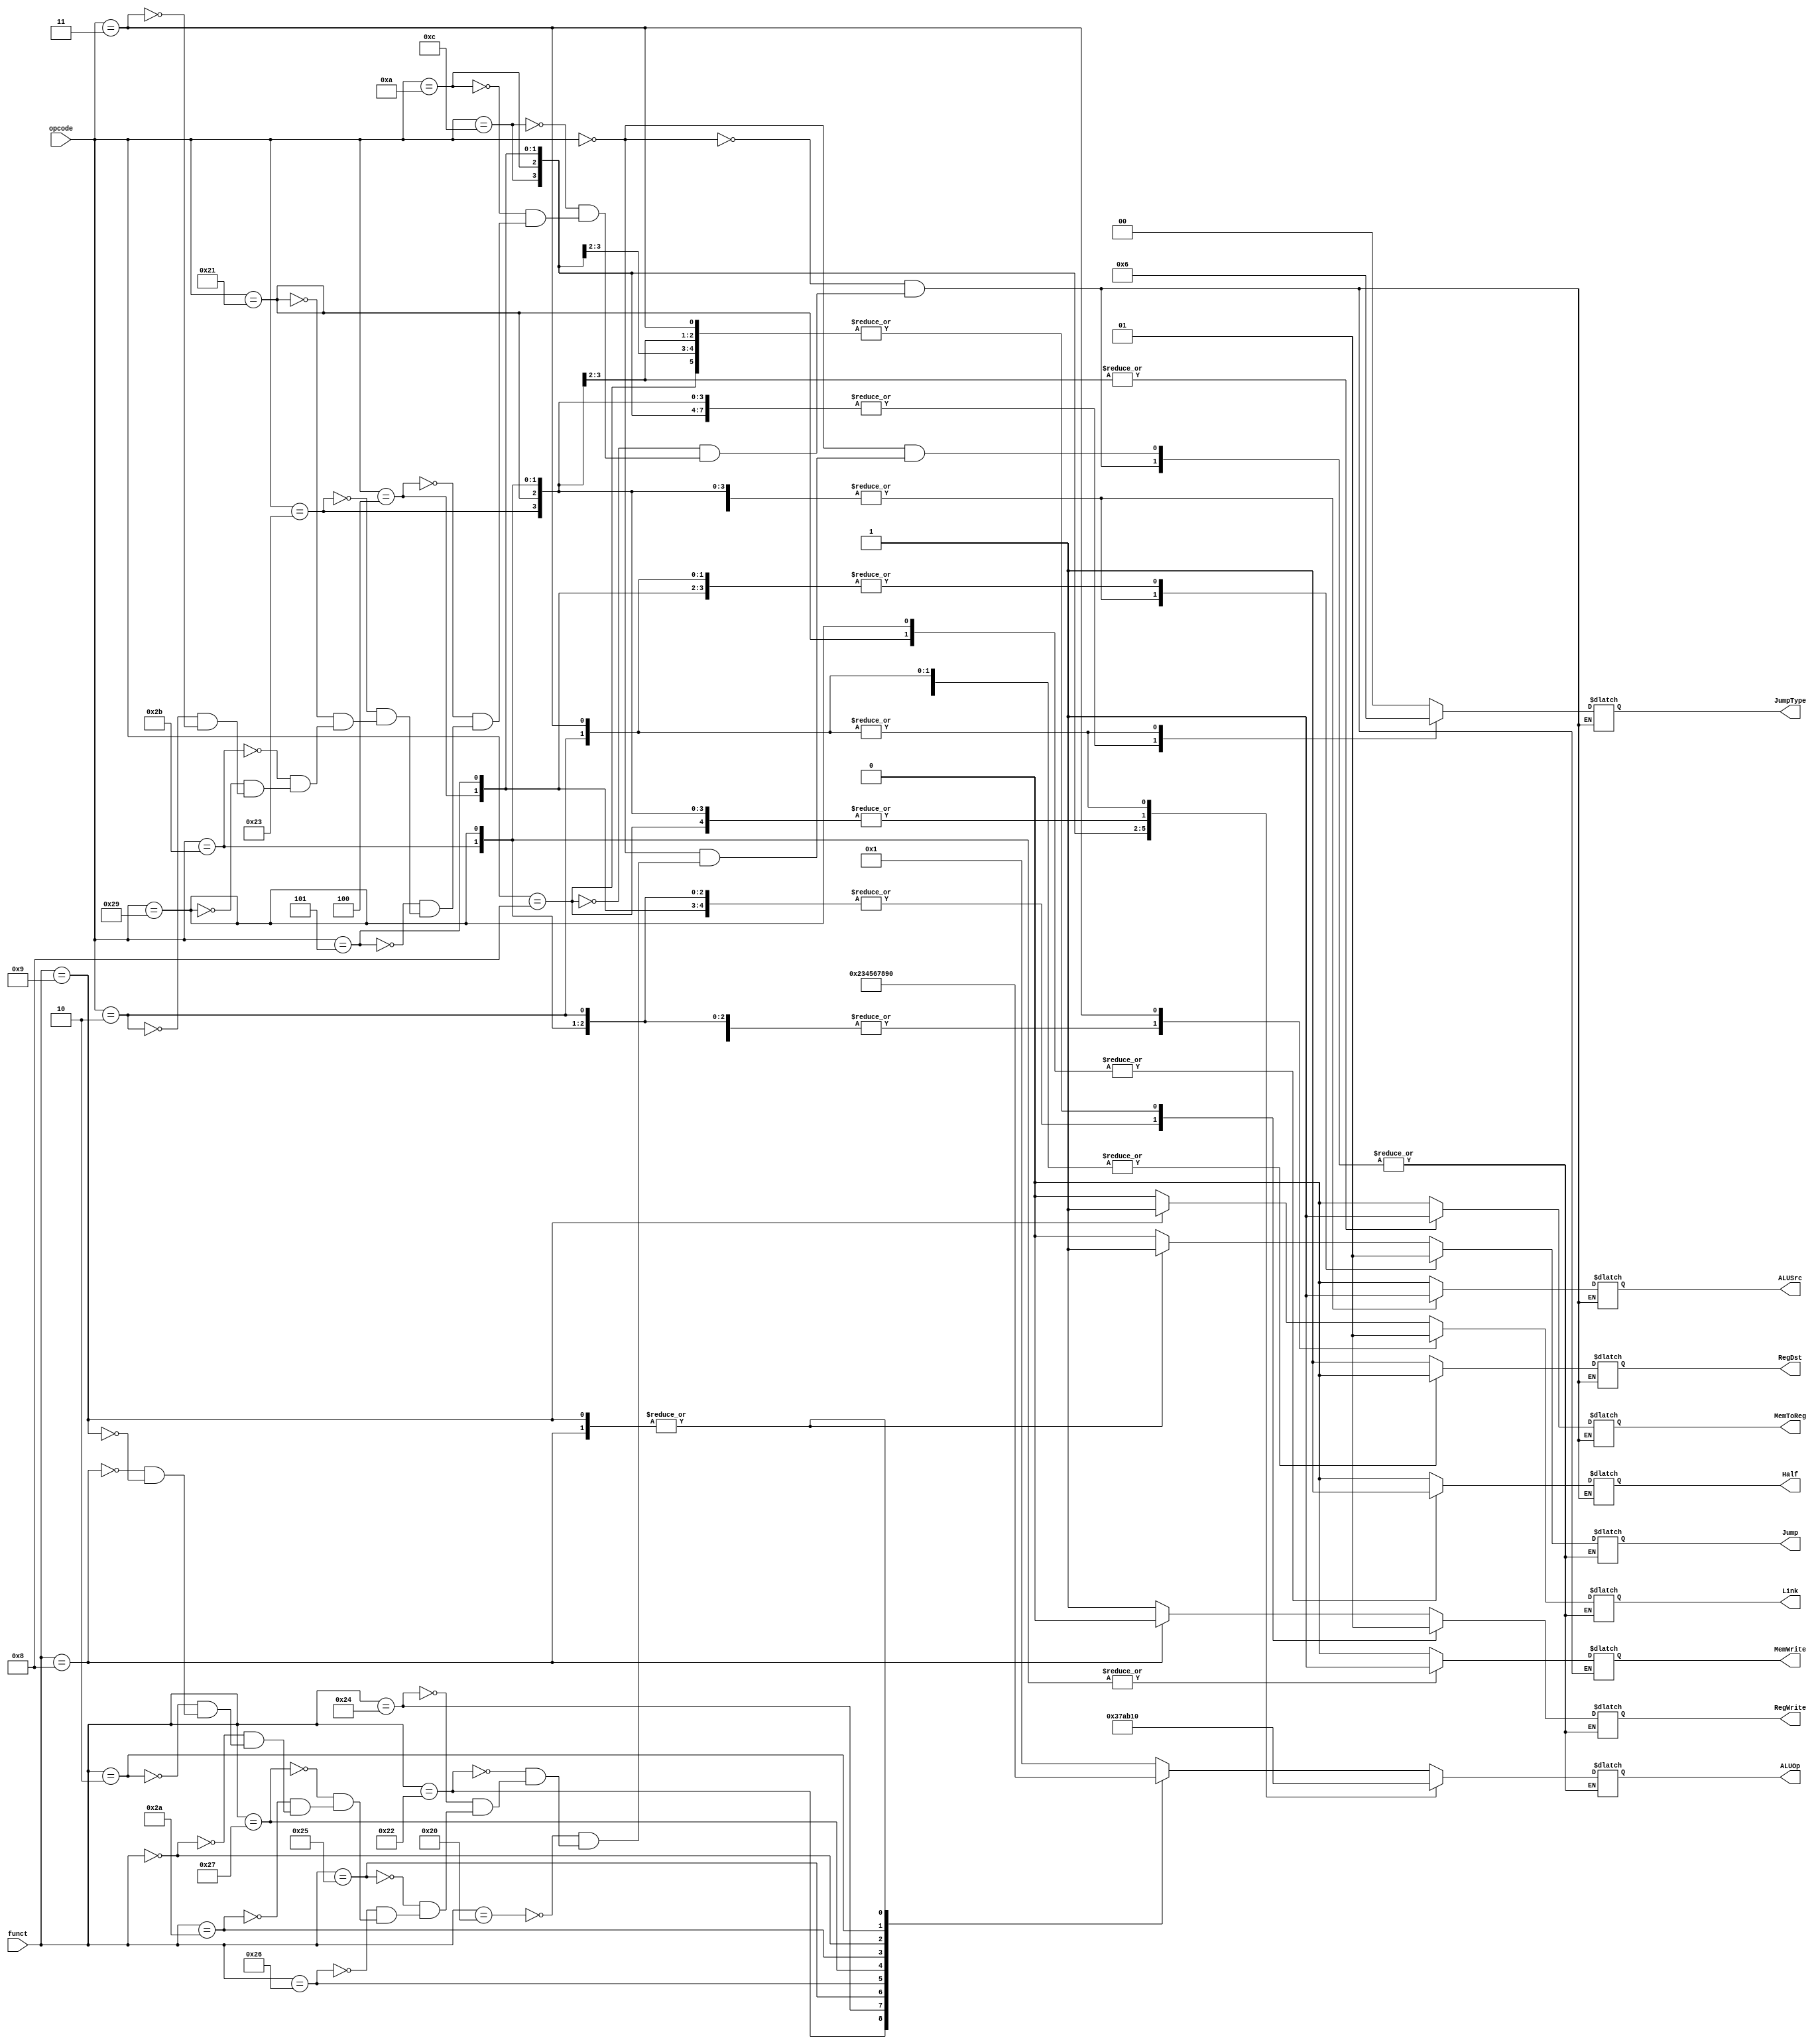
// Controller

module Controller (	opcode,
			funct,
			// write your code in here
			ALUOp,
			ALUSrc,
			RegDst,
			RegWrite,
			Jump,
			Link,
			MemWrite,
			Half,
			MemToReg,
			JumpType
	);

	input  [5:0] opcode;
	input  [5:0] funct;

	// write your code in here
	output reg[3:0] ALUOp;
	output reg ALUSrc, RegDst, RegWrite, Jump, Link, MemWrite, Half, MemToReg;
	output reg [1:0] JumpType;
	parameter NOP=4'h0, ADD=4'h1, SUB=4'h2, AND=4'h3, OR=4'h4, XOR=4'h5, NOR=4'h6, SLT=4'h7, SLL=4'h8, SRL=4'h9, BEQ=4'hA, BNE=4'hB;
	parameter TR=2'b00, TI=2'b01, TJ=2'b10;
	
	always@(opcode or funct) begin
		case(opcode)
		/*****R TYPE*****/
		6'b000000: begin		
			JumpType=TR; ALUSrc=0; RegDst=1; MemWrite=0; Half=0; MemToReg=0;
			case(funct)
			6'b100000: begin ALUOp=ADD; RegWrite=1; Jump=0; Link=0; end 
			6'b100010: begin ALUOp=SUB; RegWrite=1; Jump=0; Link=0; end 
			6'b100100: begin ALUOp=AND; RegWrite=1; Jump=0; Link=0; end 
			6'b100101: begin ALUOp=OR;  RegWrite=1; Jump=0; Link=0; end 
			6'b100110: begin ALUOp=XOR; RegWrite=1; Jump=0; Link=0; end 
			6'b100111: begin ALUOp=NOR; RegWrite=1; Jump=0; Link=0; end 
			6'b101010: begin ALUOp=SLT; RegWrite=1; Jump=0; Link=0; end 
			6'b000000: begin ALUOp=SLL; RegWrite=1; Jump=0; Link=0; end 
			6'b000010: begin ALUOp=SRL; RegWrite=1; Jump=0; Link=0; end 
			6'b001000: begin ALUOp=NOP; RegWrite=0; Jump=1; Link=0; end 
			6'b001001: begin ALUOp=NOP; RegWrite=1; Jump=1; Link=1; end
			endcase
		end
		/*****I TYPE*****/
		6'b001000: begin JumpType=TI; ALUOp=ADD; ALUSrc=1; RegDst=0; RegWrite=1; Jump=0; Link=0; MemWrite=0; Half=0; MemToReg=0; end 
		6'b001100: begin JumpType=TI; ALUOp=AND; ALUSrc=1; RegDst=0; RegWrite=1; Jump=0; Link=0; MemWrite=0; Half=0; MemToReg=0; end 
		6'b001010: begin JumpType=TI; ALUOp=SLT; ALUSrc=1; RegDst=0; RegWrite=1; Jump=0; Link=0; MemWrite=0; Half=0; MemToReg=0; end 
		6'b000100: begin JumpType=TI; ALUOp=BEQ; ALUSrc=0; RegDst=0; RegWrite=0; Jump=1; Link=0; MemWrite=0; Half=0; MemToReg=0; end 
		6'b000101: begin JumpType=TI; ALUOp=BNE; ALUSrc=0; RegDst=0; RegWrite=0; Jump=1; Link=0; MemWrite=0; Half=0; MemToReg=0; end 
		6'b100011: begin JumpType=TI; ALUOp=ADD; ALUSrc=1; RegDst=0; RegWrite=1; Jump=0; Link=0; MemWrite=0; Half=0; MemToReg=1; end 
		6'b100001: begin JumpType=TI; ALUOp=ADD; ALUSrc=1; RegDst=0; RegWrite=1; Jump=0; Link=0; MemWrite=0; Half=1; MemToReg=1; end 
		6'b101011: begin JumpType=TI; ALUOp=ADD; ALUSrc=1; RegDst=0; RegWrite=0; Jump=0; Link=0; MemWrite=1; Half=0; MemToReg=0; end 
		6'b101001: begin JumpType=TI; ALUOp=ADD; ALUSrc=1; RegDst=0; RegWrite=0; Jump=0; Link=0; MemWrite=1; Half=1; MemToReg=0; end 
		/*****J TYPE*****/
		6'b000010: begin JumpType=TJ; ALUOp=NOP; ALUSrc=0; RegDst=0; RegWrite=0; Jump=1; Link=0; MemWrite=0; Half=0; MemToReg=0; end 
		6'b000011: begin JumpType=TJ; ALUOp=NOP; ALUSrc=0; RegDst=0; RegWrite=1; Jump=1; Link=1; MemWrite=0; Half=0; MemToReg=0; end
		endcase
	end
endmodule